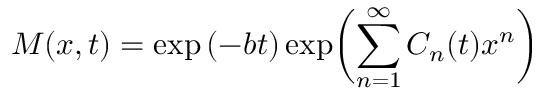
M ( x , t ) = \exp { ( - b t ) } \exp \biggl ( \sum _ { n = 1 } ^ { \infty } C _ { n } ( t ) x ^ { n } \biggr )